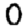
Digit: 0